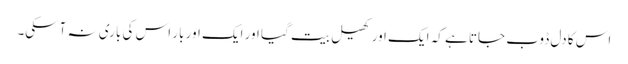
اس کا دل ڈوب جاتا ہے کہ ایک اور کھیل بیت گیا اور ایک اور بار اس کی باری نہ آسکی۔